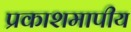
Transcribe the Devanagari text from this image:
प्रकाशमापीय